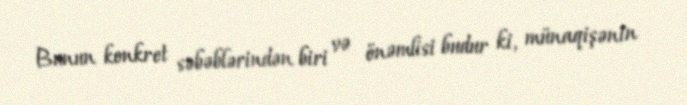
Bunun konkret səbəblərindən biri və önəmlisi budur ki, münaqişənin